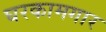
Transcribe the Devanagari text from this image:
घरकामगार